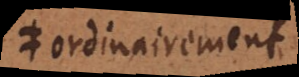
a ordinairement